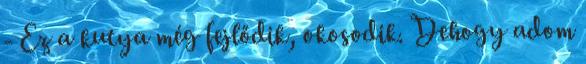
- Ez a kutya még fejlődik, okosodik. Dehogy adom